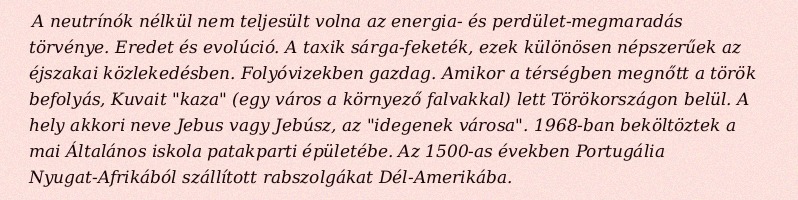
A neutrínók nélkül nem teljesült volna az energia- és perdület-megmaradás törvénye. Eredet és evolúció. A taxik sárga-feketék, ezek különösen népszerűek az éjszakai közlekedésben. Folyóvizekben gazdag. Amikor a térségben megnőtt a török befolyás, Kuvait "kaza" (egy város a környező falvakkal) lett Törökországon belül. A hely akkori neve Jebus vagy Jebúsz, az "idegenek városa". 1968-ban beköltöztek a mai Általános iskola patakparti épületébe. Az 1500-as években Portugália Nyugat-Afrikából szállított rabszolgákat Dél-Amerikába.